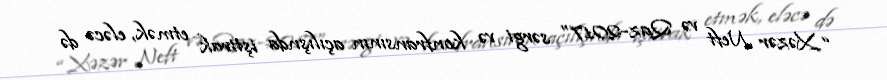
“Xəzər Neft və Qaz-2017” sərgi və konfransının açılışnda iştirak etmək, eləcə də